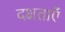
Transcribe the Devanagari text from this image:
दक्षताएँ